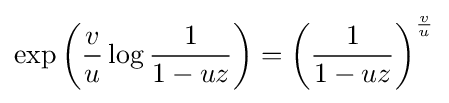
\exp \left({\frac {v}{u}}\log {\frac {1}{1-uz}}\right)=\left({\frac {1}{1-uz}}\right)^{\frac {v}{u}}